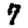
Digit: 7